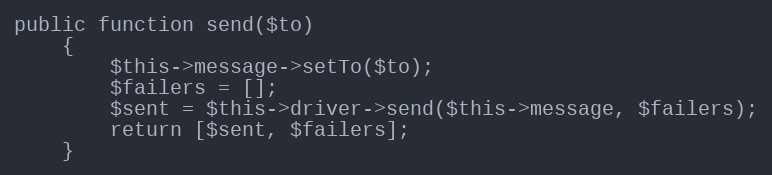
Language: PHP
public function send($to)
    {
        $this->message->setTo($to);
        $failers = [];
        $sent = $this->driver->send($this->message, $failers);
        return [$sent, $failers];
    }